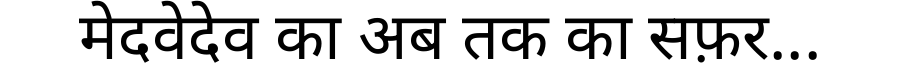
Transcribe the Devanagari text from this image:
मेदवेदेव का अब तक का सफ़र...